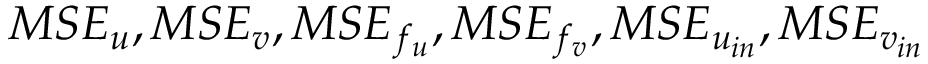
M S E _ { u } , M S E _ { v } , M S E _ { f _ { u } } , M S E _ { f _ { v } } , M S E _ { u _ { i n } } , M S E _ { v _ { i n } }